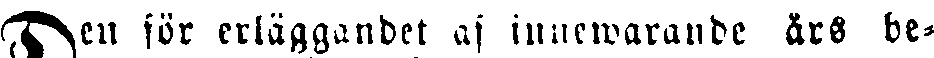
Den för erläggandet af innewarande års be-